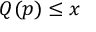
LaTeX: Q ( p ) \leq x